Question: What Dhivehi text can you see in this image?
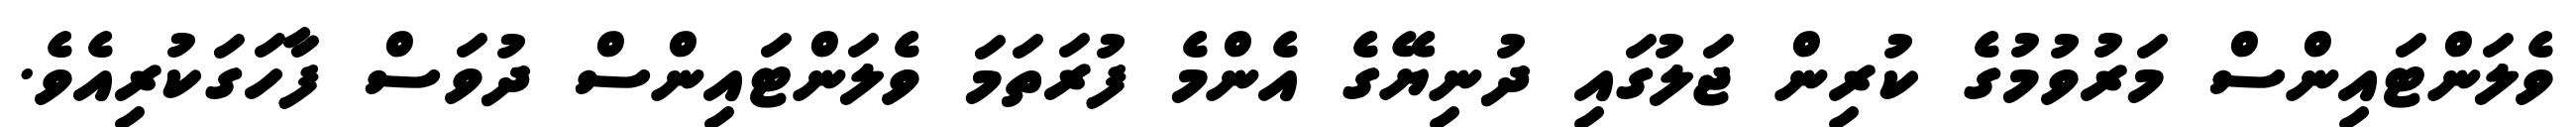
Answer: ވެލަންޓައިންސް މަރުވުމުގެ ކުރިން ޖަލުގައި ދުނިޔޭގެ އެންމެ ފުރަތަމަ ވެލަންޓައިންސް ދުވަސް ފާހަގަކުރިއެވެ.